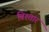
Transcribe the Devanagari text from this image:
बिश्तार